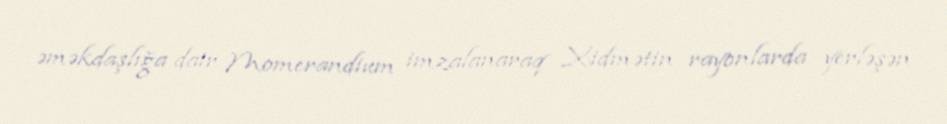
əməkdaşlığa dair Momerandium imzalanaraq Xidmətin rayonlarda yerləşən